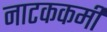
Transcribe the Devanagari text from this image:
नाटककर्मी